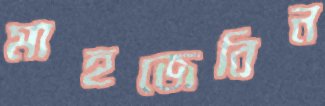
মাহজেবিন